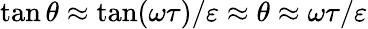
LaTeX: \tan\theta\approx\tan(\omega\tau)/\varepsilon\approx\theta\approx\omega\tau/\varepsilon